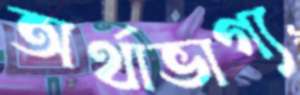
অর্থাভাগ্য